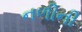
નળીની